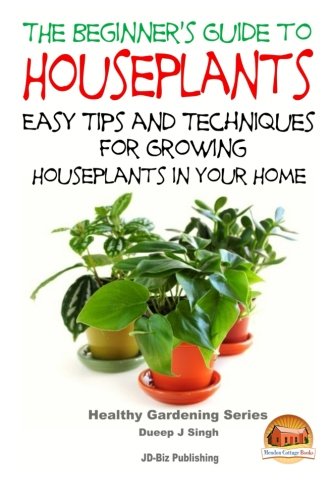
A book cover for The Beginner's Guide to Houseplants: Easy Tips and Techniques for Growing Houseplants in Your Home; Dueep Jyot Singh; Crafts, Hobbies & Home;